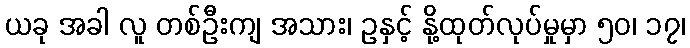
ယခု အခါ လူ တစ်ဦးကျ အသား၊ ဥနှင့် နို့ထုတ်လုပ်မှုမှာ ၅၀၊ ၁၇၊